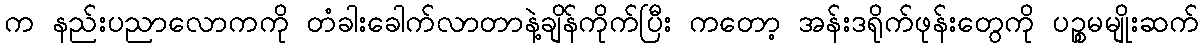
က နည်းပညာလောကကို တံခါးခေါက်လာတာနဲ့ချိန်ကိုက်ပြီး ကတော့ အန်းဒရိုက်ဖုန်းတွေကို ပဉ္စမမျိုးဆက်